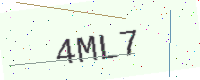
Text: 4ML7